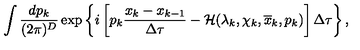
\int \frac { d p _ { k } } { ( 2 \pi ) ^ { D } } \exp \left\{ i \left[ p _ { k } \frac { x _ { k } - x _ { k - 1 } } { \Delta \tau } - { \cal H } ( \lambda _ { k } , \chi _ { k } , \overline { { x } } _ { k } , p _ { k } ) \right] \Delta \tau \right\} ,